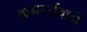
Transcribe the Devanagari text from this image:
आमराईवाडी